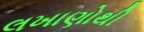
લખાણોથી